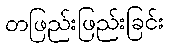
တဖြည်းဖြည်းခြင်း